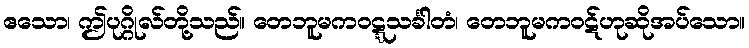
ဧသော၊ ဤပုဂ္ဂိုလ်တို့သည်။ တေဘူမကဝဋ္ဋသင်္ခါတံ၊ တေဘူမကဝဋ်ဟုဆိုအပ်သော။